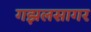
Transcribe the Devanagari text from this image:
गझलसागर